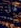
لها